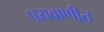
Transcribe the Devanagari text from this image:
परावाणीत